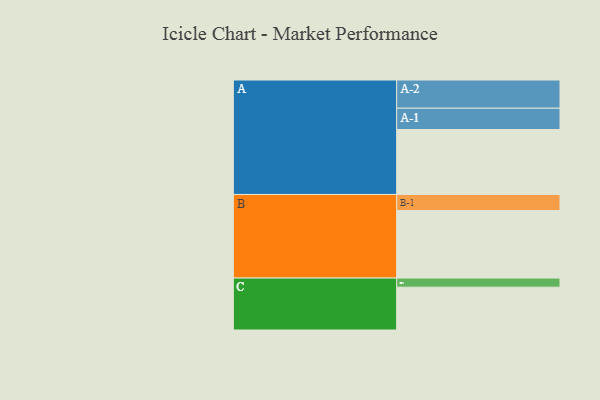
{"axis": {"x": "Segment", "y": "Value"}, "legend": ["", "A", "B", "C"], "data": [{"x": "A", "y": 564, "type": ""}, {"x": "B", "y": 587, "type": ""}, {"x": "C", "y": 372, "type": ""}, {"x": "A-1", "y": 185, "type": "A"}, {"x": "A-2", "y": 245, "type": "A"}, {"x": "B-1", "y": 139, "type": "B"}, {"x": "C-1", "y": 79, "type": "C"}]}